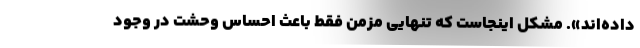
داده‌اند». مشکل اینجاست که تنهایی مزمن فقط باعث احساس وحشت در وجود